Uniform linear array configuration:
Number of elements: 8
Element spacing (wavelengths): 0.5
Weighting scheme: uniform
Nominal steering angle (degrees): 30
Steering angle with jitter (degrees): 28.851
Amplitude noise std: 0.05
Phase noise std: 0.05

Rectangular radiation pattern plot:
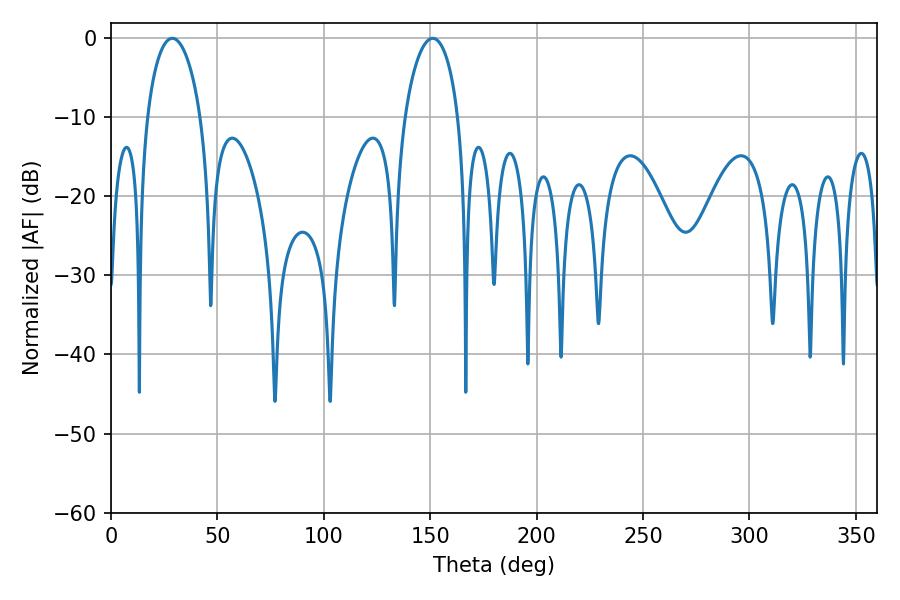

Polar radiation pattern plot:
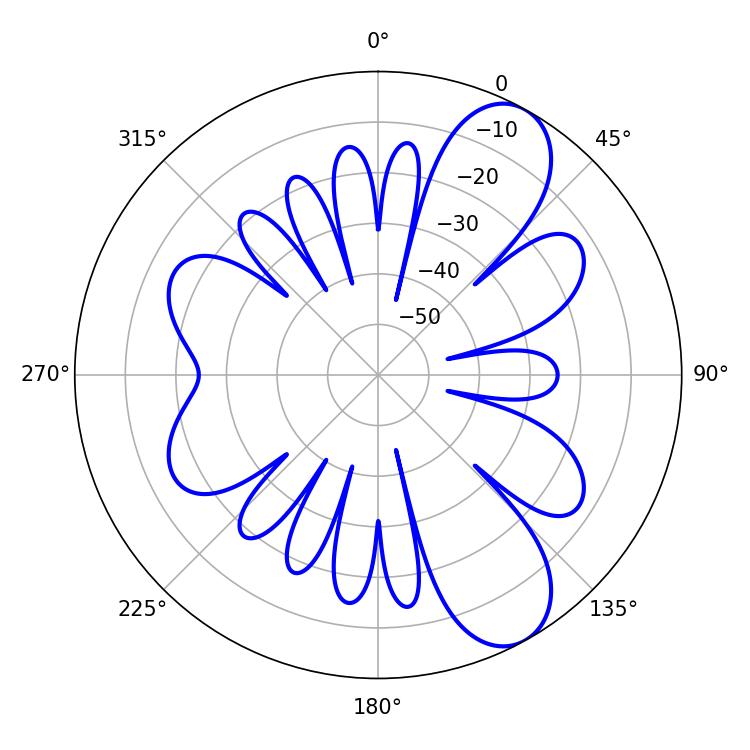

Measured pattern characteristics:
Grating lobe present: FALSE
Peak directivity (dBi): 9.014
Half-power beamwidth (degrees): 14.4
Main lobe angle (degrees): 28.8